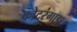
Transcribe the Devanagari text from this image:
कोटरंगाडा